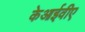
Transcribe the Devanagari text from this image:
केआईवीए